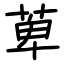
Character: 萆